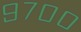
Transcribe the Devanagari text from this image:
९७००